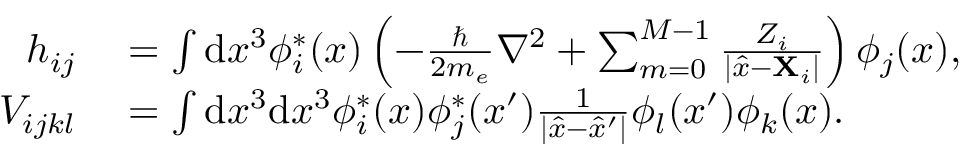
\begin{array} { r l } { h _ { i j } } & { { } = \int \mathrm { d } x ^ { 3 } \phi _ { i } ^ { \ast } ( x ) \left( - \frac { \hbar } { 2 m _ { e } } \nabla ^ { 2 } + \sum _ { m = 0 } ^ { M - 1 } \frac { Z _ { i } } { | \hat { x } - \mathbf { X } _ { i } | } \right) \phi _ { j } ( x ) , } \\ { V _ { i j k l } } & { { } = \int \mathrm { d } x ^ { 3 } \mathrm { d } x ^ { 3 } \phi _ { i } ^ { \ast } ( x ) \phi _ { j } ^ { \ast } ( x ^ { \prime } ) \frac { 1 } { | \hat { x } - \hat { x } ^ { \prime } | } \phi _ { l } ( x ^ { \prime } ) \phi _ { k } ( x ) . } \end{array}